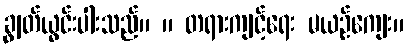
ချွတ်ယွင်းပါးသည်။ ။ တရားကျင့်ရေး မယဉ်ကျေး။